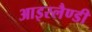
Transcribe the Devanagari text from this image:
आइस्लैण्डी